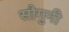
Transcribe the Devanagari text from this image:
सौगुनी